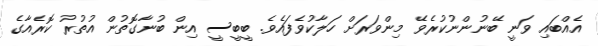
އެއްބައި ވަނީ ބޭނުންނުކުރެވޭ މިންވަރަށް ހަލާކުވެފައެވެ. ބީބީސީ އިން ބުނާގޮތުން އުތުުރު ކޮރެއާގެ